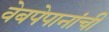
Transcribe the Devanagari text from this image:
वेबपेपानांची